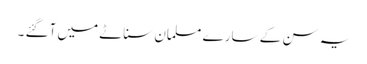
یہ سن کے سارے مسلمان سناٹے میں آگئے ۔